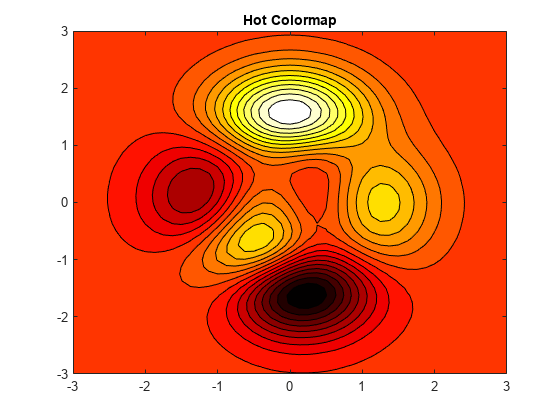
matlab, contourf, colormap